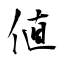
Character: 値